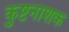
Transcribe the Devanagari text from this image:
कुष्टनाशक